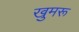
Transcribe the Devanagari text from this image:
खुमरू